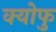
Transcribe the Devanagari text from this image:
क्योफु